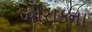
ખોરાકના